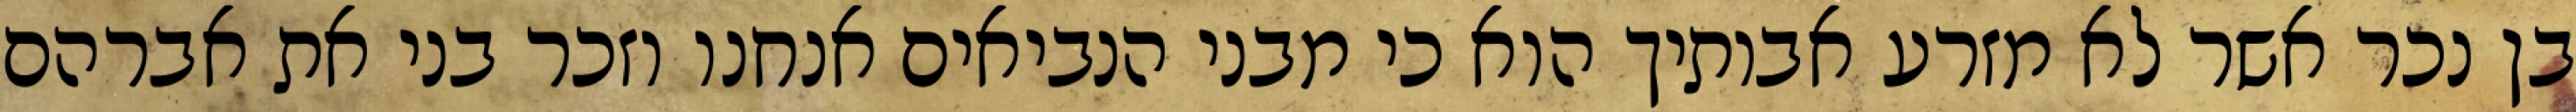
בן נכר אשר לא מזרע אבותיך הוא כי מבני הנביאים אנחנו וזכר בני את אברהם